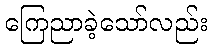
ကြေညာခဲ့သော်လည်း